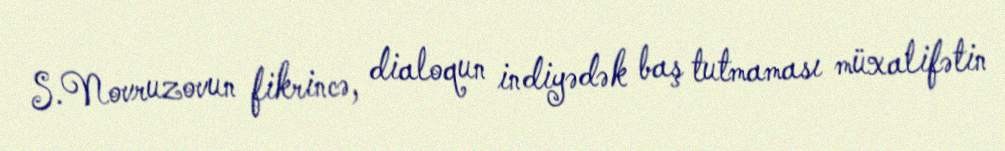
S.Novruzovun fikrincə, dialoqun indiyədək baş tutmaması müxalifətin